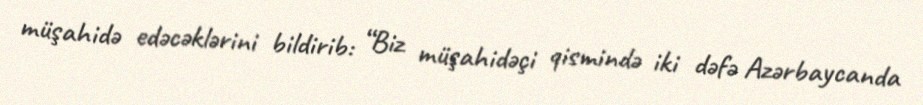
müşahidə edəcəklərini bildirib: “Biz müşahidəçi qismində iki dəfə Azərbaycanda